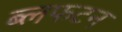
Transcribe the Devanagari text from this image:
ब्लफटन